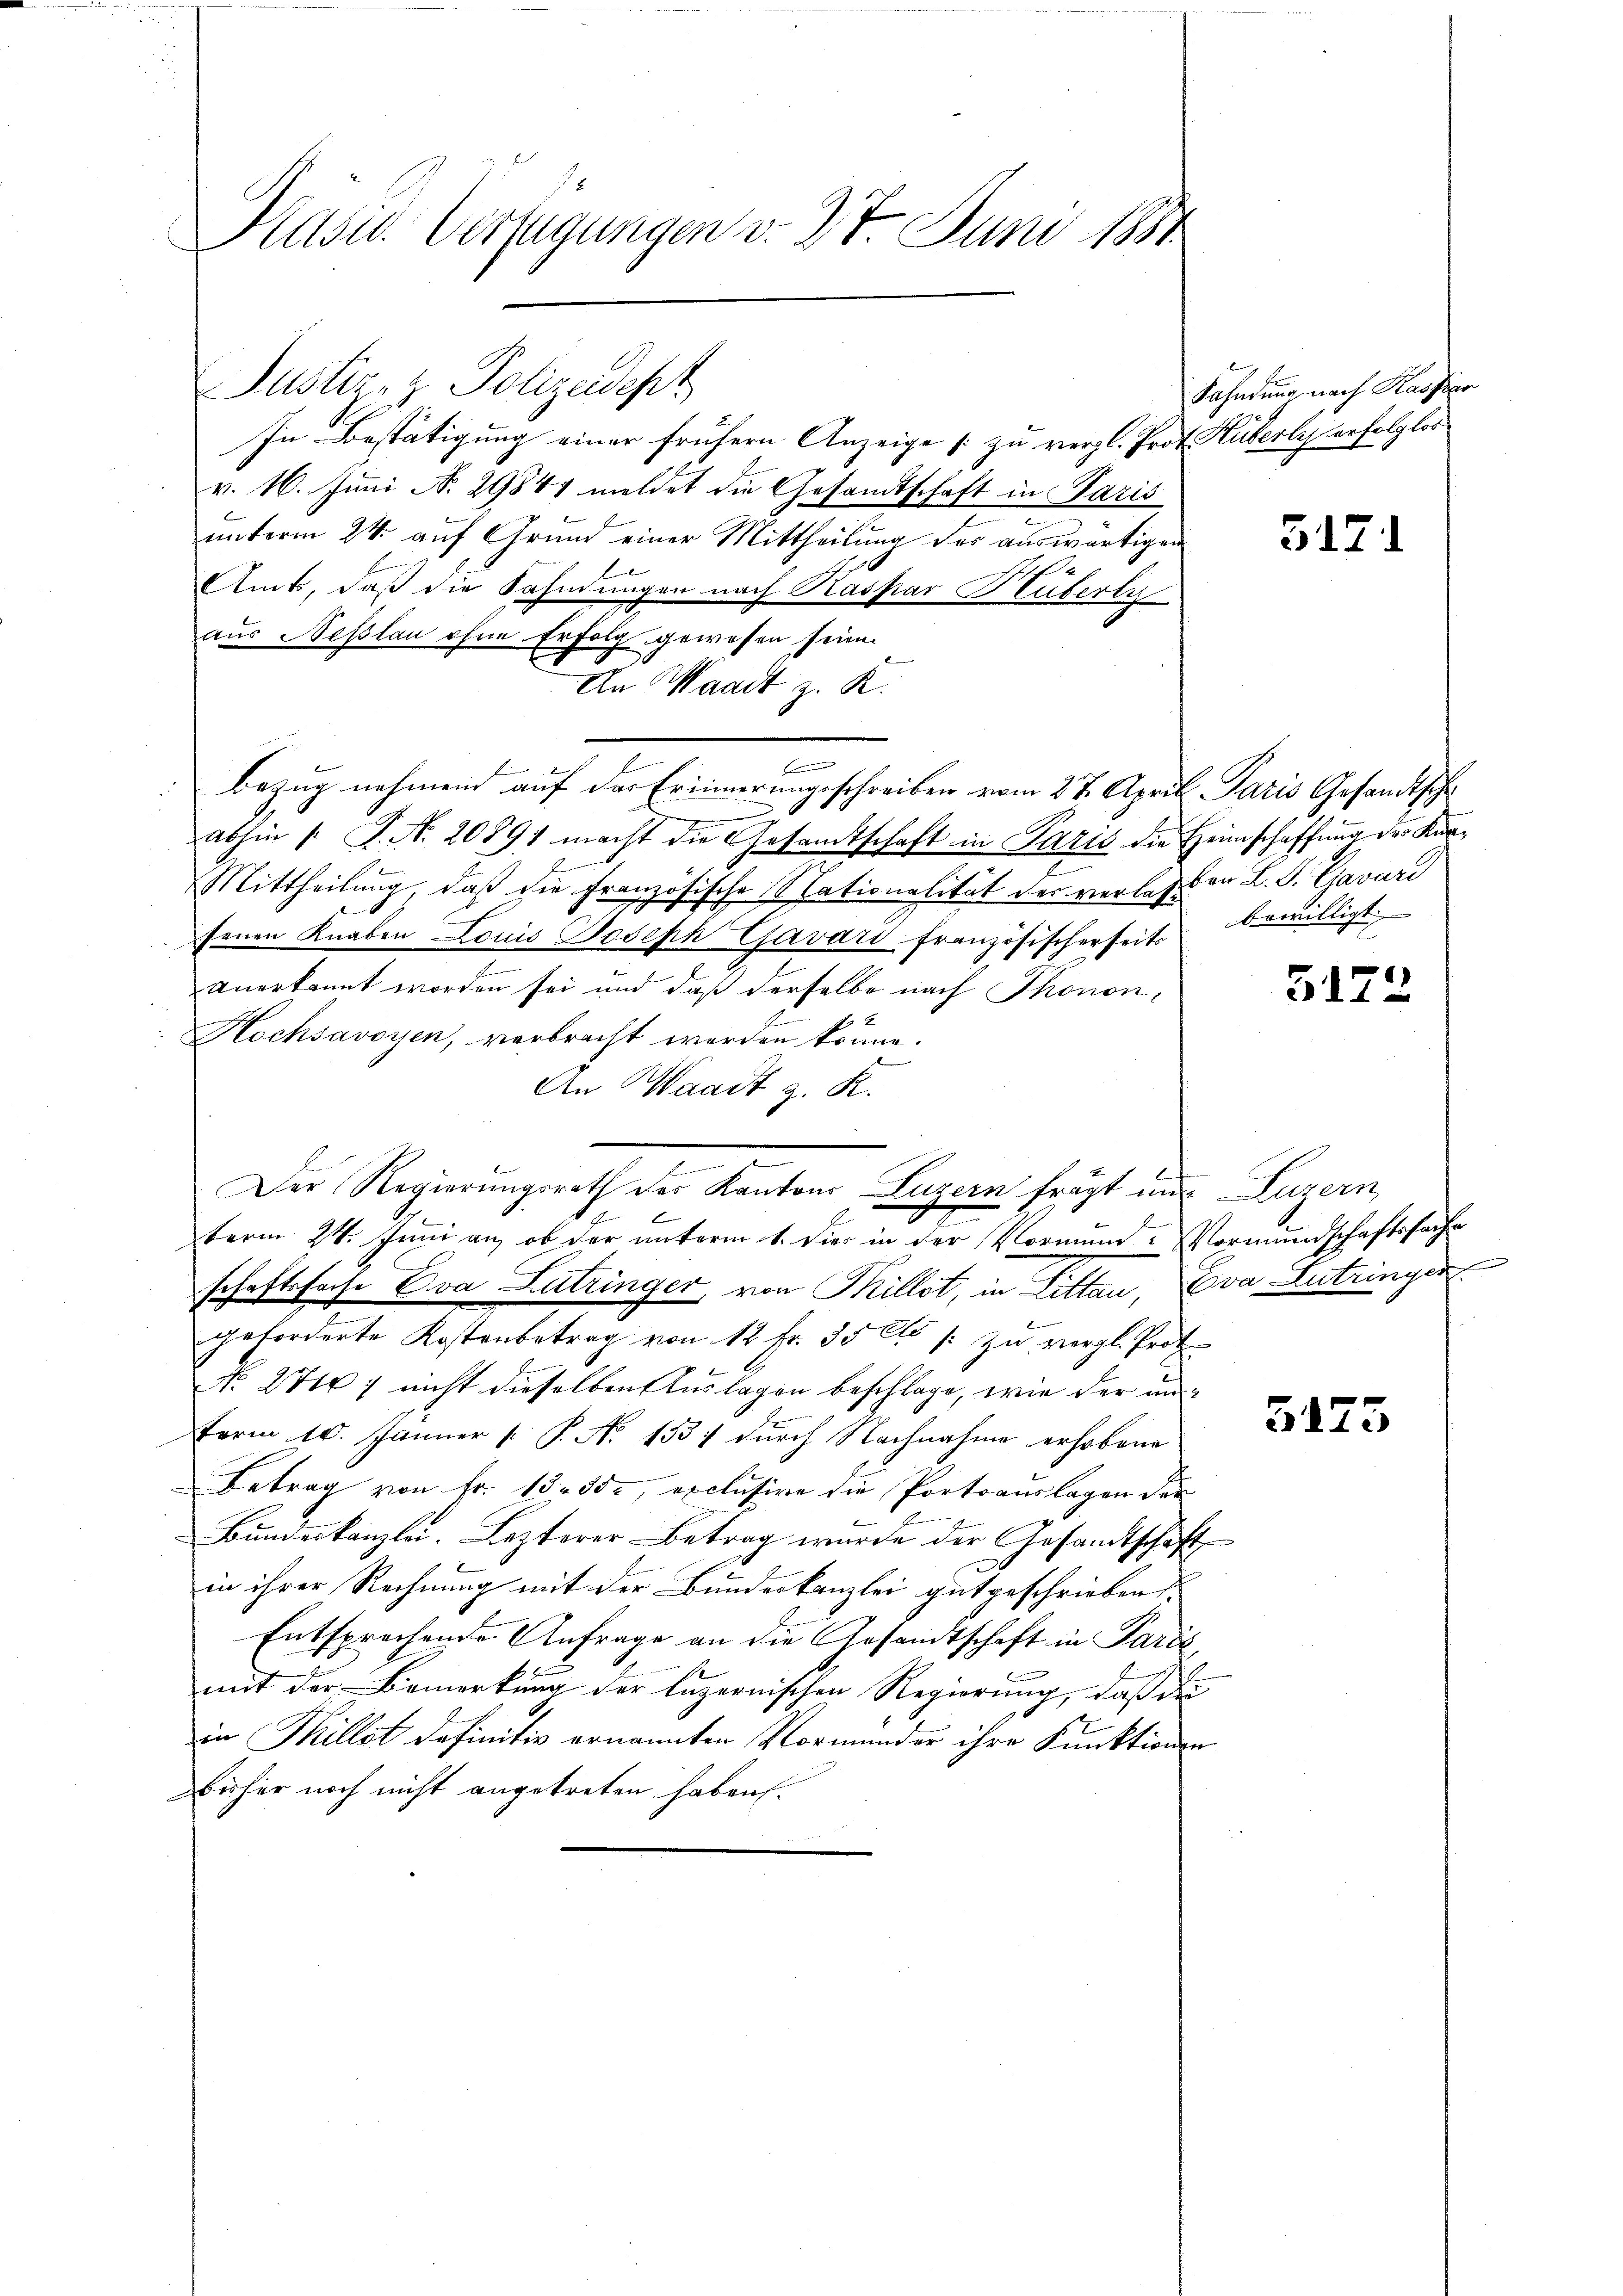
Präsid. Verfügungen v. 27. Juni 1881

Justiz- & Polizeidept

In Bestätigung einer frühern Anzeige zu vergl. Prof. Huberle erfolglos
v. 16. Juni No 29841 meldet die Gesamtschaft in Paris
unterm 24. auf Grund einer Mittheilung des auswärtigen
Amts, daß die Fahndungen nach Kaspar Huberty
aus Neßlau ohne Erfolg gewesen seien.
An Waadt z. K.
m
Bezug nehmend auf der Erinnerungsschreiben vom 27. April Paris Gesandtsch
abhin 1. P. Nr. 20891 macht die Gesamtschaft in Paris die Heimschaffung der Kurx
Mittheilung, daß die Französische Nationalität der verlaß den L. S. Gavari
fenen Knaben Louis Joseph Cavari französischerseits bewilligt.
anerkannt worden sei und daß derselbe nach Thonone
E
Hochsavoyen, verbracht worden könne.
An Waadt z. R.
.
Der Regierungsrath des Kantons Luzern frägt und Luzern,
E
2
term 24. Juni an, ob der unterm 1. Dies in der Vormund- Vormundschaftssache
schaftsfache Eva Lutringer, von Pillet, in Littau, Eva Zutringer
geforderte Kostenbetrag von 12 Fr. 35 f: zu vergl. Prot
No. 27167 nicht dieselben Auslagen beschlage, wie der un¬
Form 10. Jänner [ P. No 1331 durch Nachnahme erhobene
Betrag von Fr. 13. 350, exclusive die Portoauslagen der
Bundeskanzlei. Lezterer Betrag wurde der Gesandtschaft
in ihrer Rechnung mit der Bundeskanzlei gutgeschrieben.
Entsprechende Anfrage an die Gesandtschaft in Paris
mit der Bemerkung der luzernischen Regierung, dass die |
s
in Willst definitiv ernannten Vormunder ihre Funktionen
bisher noch nicht angetreten haben.

Sahndung nach Kassier

5171

5172

5173